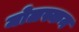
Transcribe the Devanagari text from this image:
मोलस्कन